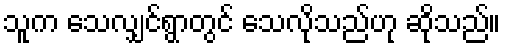
သူက သေလျှင်ရွာတွင် သေလိုသည်ဟု ဆိုသည်။